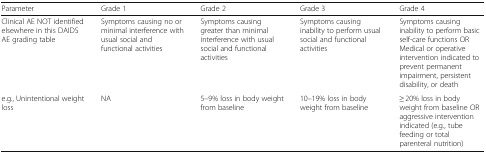
<table><thead><tr><td><b>Parameter</b></td><td><b>Grade 1</b></td><td><b>Grade 2</b></td><td><b>Grade 3</b></td><td><b>Grade 4</b></td></tr></thead><tbody><tr><td>Clinical AE NOT identified elsewhere in this DAIDS AE grading table</td><td>Symptoms causing no or minimal interference with usual social and functional activities</td><td>Symptoms causing greater than minimal interference with usual social and functional activities</td><td>Symptoms causing inability to perform usual social and functional activities</td><td>Symptoms causing inability to perform basic self-care functions OR Medical or operative intervention indicated to prevent permanent impairment, persistent disability, or death</td></tr><tr><td>e.g., Unintentional weight loss</td><td>NA</td><td>5–9% loss in body weight from baseline</td><td>10–19% loss in body weight from baseline</td><td>≥ 20% loss in body weight from baseline OR aggressive intervention indicated (e.g., tube feeding or total parenteral nutrition)</td></tr></tbody></table>